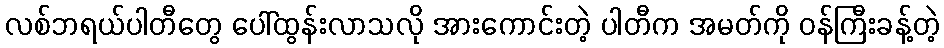
လစ်ဘရယ်ပါတီတွေ ပေါ်ထွန်းလာသလို အားကောင်းတဲ့ ပါတီက အမတ်ကို ဝန်ကြီးခန့်တဲ့